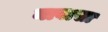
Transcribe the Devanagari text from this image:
नावासा